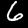
Digit: 6